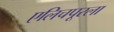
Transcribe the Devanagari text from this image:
एलिचपूरला